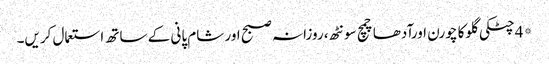
*4چٹکی گلوکا چورن اورآدھاچمچ سونٹھ، روزانہ صبح اور شام پانی کے ساتھ استعمال کریں۔